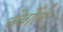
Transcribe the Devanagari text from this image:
चेर्वोले